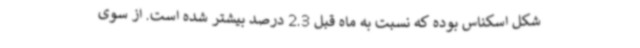
شکل اسکناس بوده که نسبت به ماه قبل 2.3 درصد بیشتر شده است. از سوی